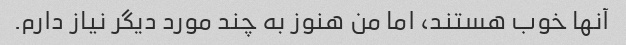
آنها خوب هستند، اما من هنوز به چند مورد دیگر نیاز دارم.